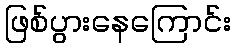
ဖြစ်ပွားနေကြောင်း